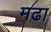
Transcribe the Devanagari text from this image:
मढा